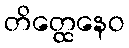
တိတ္ထေနေဝ